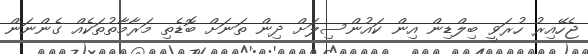
ޖެހޭއިރު ހުރަވީ ބިލްޑިން އިން ކައުންސިލަށް ދިން ތަނަށް ބޮޑެތި މަރާމާތުތަކެއް ގެންނަން